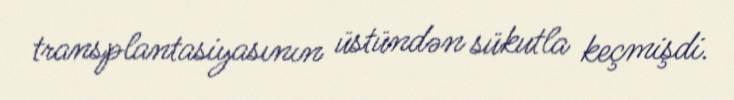
transplantasiyasının üstündən sükutla keçmişdi.